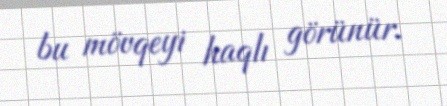
bu mövqeyi haqlı görünür.